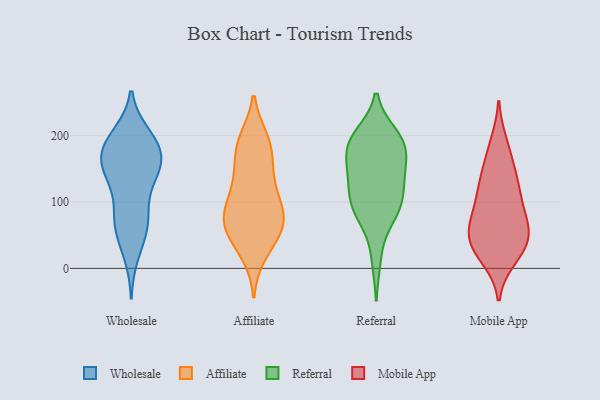
{"axis": {"x": "Temperature (°C)", "y": "Value"}, "legend": ["Affiliate", "Mobile App", "Referral", "Wholesale"], "data": [{"x": "", "y": 79, "type": "Wholesale"}, {"x": "", "y": 188, "type": "Wholesale"}, {"x": "", "y": 21, "type": "Wholesale"}, {"x": "", "y": 145, "type": "Wholesale"}, {"x": "", "y": 187, "type": "Wholesale"}, {"x": "", "y": 198, "type": "Wholesale"}, {"x": "", "y": 180, "type": "Wholesale"}, {"x": "", "y": 200, "type": "Wholesale"}, {"x": "", "y": 55, "type": "Wholesale"}, {"x": "", "y": 169, "type": "Wholesale"}, {"x": "", "y": 143, "type": "Wholesale"}, {"x": "", "y": 130, "type": "Wholesale"}, {"x": "", "y": 154, "type": "Wholesale"}, {"x": "", "y": 165, "type": "Wholesale"}, {"x": "", "y": 149, "type": "Wholesale"}, {"x": "", "y": 73, "type": "Wholesale"}, {"x": "", "y": 57, "type": "Wholesale"}, {"x": "", "y": 87, "type": "Wholesale"}, {"x": "", "y": 60, "type": "Affiliate"}, {"x": "", "y": 91, "type": "Affiliate"}, {"x": "", "y": 184, "type": "Affiliate"}, {"x": "", "y": 193, "type": "Affiliate"}, {"x": "", "y": 22, "type": "Affiliate"}, {"x": "", "y": 194, "type": "Affiliate"}, {"x": "", "y": 78, "type": "Affiliate"}, {"x": "", "y": 150, "type": "Affiliate"}, {"x": "", "y": 70, "type": "Affiliate"}, {"x": "", "y": 121, "type": "Affiliate"}, {"x": "", "y": 148, "type": "Affiliate"}, {"x": "", "y": 185, "type": "Affiliate"}, {"x": "", "y": 127, "type": "Affiliate"}, {"x": "", "y": 66, "type": "Affiliate"}, {"x": "", "y": 30, "type": "Affiliate"}, {"x": "", "y": 52, "type": "Affiliate"}, {"x": "", "y": 65, "type": "Affiliate"}, {"x": "", "y": 100, "type": "Affiliate"}, {"x": "", "y": 84, "type": "Affiliate"}, {"x": "", "y": 177, "type": "Referral"}, {"x": "", "y": 198, "type": "Referral"}, {"x": "", "y": 137, "type": "Referral"}, {"x": "", "y": 166, "type": "Referral"}, {"x": "", "y": 15, "type": "Referral"}, {"x": "", "y": 108, "type": "Referral"}, {"x": "", "y": 84, "type": "Referral"}, {"x": "", "y": 186, "type": "Referral"}, {"x": "", "y": 192, "type": "Referral"}, {"x": "", "y": 127, "type": "Referral"}, {"x": "", "y": 146, "type": "Referral"}, {"x": "", "y": 83, "type": "Referral"}, {"x": "", "y": 88, "type": "Referral"}, {"x": "", "y": 184, "type": "Referral"}, {"x": "", "y": 200, "type": "Referral"}, {"x": "", "y": 129, "type": "Referral"}, {"x": "", "y": 87, "type": "Referral"}, {"x": "", "y": 188, "type": "Mobile App"}, {"x": "", "y": 114, "type": "Mobile App"}, {"x": "", "y": 102, "type": "Mobile App"}, {"x": "", "y": 120, "type": "Mobile App"}, {"x": "", "y": 175, "type": "Mobile App"}, {"x": "", "y": 142, "type": "Mobile App"}, {"x": "", "y": 16, "type": "Mobile App"}, {"x": "", "y": 51, "type": "Mobile App"}, {"x": "", "y": 76, "type": "Mobile App"}, {"x": "", "y": 36, "type": "Mobile App"}, {"x": "", "y": 23, "type": "Mobile App"}, {"x": "", "y": 40, "type": "Mobile App"}, {"x": "", "y": 137, "type": "Mobile App"}, {"x": "", "y": 61, "type": "Mobile App"}, {"x": "", "y": 73, "type": "Mobile App"}, {"x": "", "y": 64, "type": "Mobile App"}, {"x": "", "y": 31, "type": "Mobile App"}]}